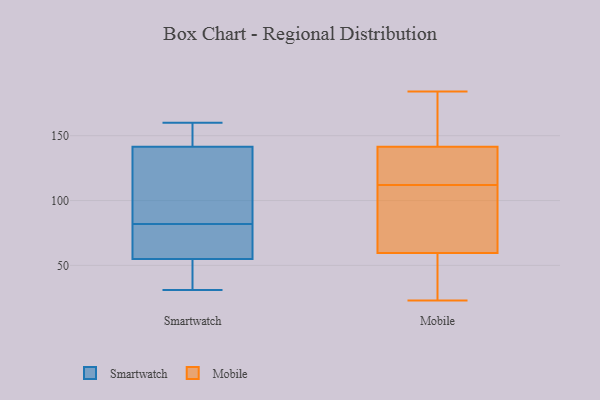
{"axis": {"x": "Backlog", "y": "Value"}, "legend": ["Mobile", "Smartwatch"], "data": [{"x": "", "y": 82, "type": "Smartwatch"}, {"x": "", "y": 75, "type": "Smartwatch"}, {"x": "", "y": 31, "type": "Smartwatch"}, {"x": "", "y": 32, "type": "Smartwatch"}, {"x": "", "y": 96, "type": "Smartwatch"}, {"x": "", "y": 76, "type": "Smartwatch"}, {"x": "", "y": 52, "type": "Smartwatch"}, {"x": "", "y": 149, "type": "Smartwatch"}, {"x": "", "y": 53, "type": "Smartwatch"}, {"x": "", "y": 152, "type": "Smartwatch"}, {"x": "", "y": 57, "type": "Smartwatch"}, {"x": "", "y": 44, "type": "Smartwatch"}, {"x": "", "y": 154, "type": "Smartwatch"}, {"x": "", "y": 144, "type": "Smartwatch"}, {"x": "", "y": 160, "type": "Smartwatch"}, {"x": "", "y": 67, "type": "Smartwatch"}, {"x": "", "y": 82, "type": "Smartwatch"}, {"x": "", "y": 99, "type": "Smartwatch"}, {"x": "", "y": 110, "type": "Smartwatch"}, {"x": "", "y": 139, "type": "Smartwatch"}, {"x": "", "y": 141, "type": "Mobile"}, {"x": "", "y": 143, "type": "Mobile"}, {"x": "", "y": 40, "type": "Mobile"}, {"x": "", "y": 66, "type": "Mobile"}, {"x": "", "y": 101, "type": "Mobile"}, {"x": "", "y": 126, "type": "Mobile"}, {"x": "", "y": 37, "type": "Mobile"}, {"x": "", "y": 138, "type": "Mobile"}, {"x": "", "y": 184, "type": "Mobile"}, {"x": "", "y": 112, "type": "Mobile"}, {"x": "", "y": 83, "type": "Mobile"}, {"x": "", "y": 147, "type": "Mobile"}, {"x": "", "y": 23, "type": "Mobile"}]}